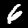
Label: 6